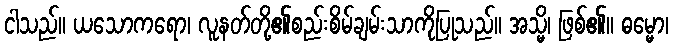
ငါသည်။ ယသောကရော၊ လူနတ်တို့၏စည်းစိမ်ချမ်းသာကိုပြုသည်။ အသ္မိ၊ ဖြစ်၏။ ဓမ္မော၊